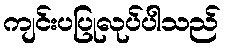
ကျင်းပပြုလုပ်ပါသည်